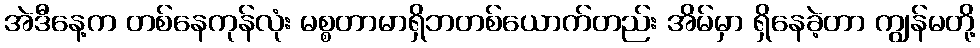
အဲဒီနေ့က တစ်နေကုန်လုံး မစ္စတာမာရှိဘတစ်ယောက်တည်း အိမ်မှာ ရှိနေခဲ့တာ ကျွန်မတို့